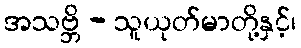
အသဗ္ဘိ - သူယုတ်မာတို့နှင့်၊